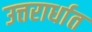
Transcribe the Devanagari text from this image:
उत्तरार्धात